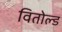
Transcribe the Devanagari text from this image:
वितोल्ड